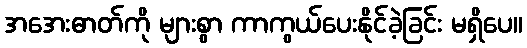
အအေးဓာတ်ကို များစွာ ကာကွယ်ပေးနိုင်ခဲ့ခြင်း မရှိပေ။